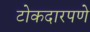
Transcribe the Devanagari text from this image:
टोकदारपणे